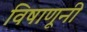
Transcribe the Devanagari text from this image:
विषाणूनी